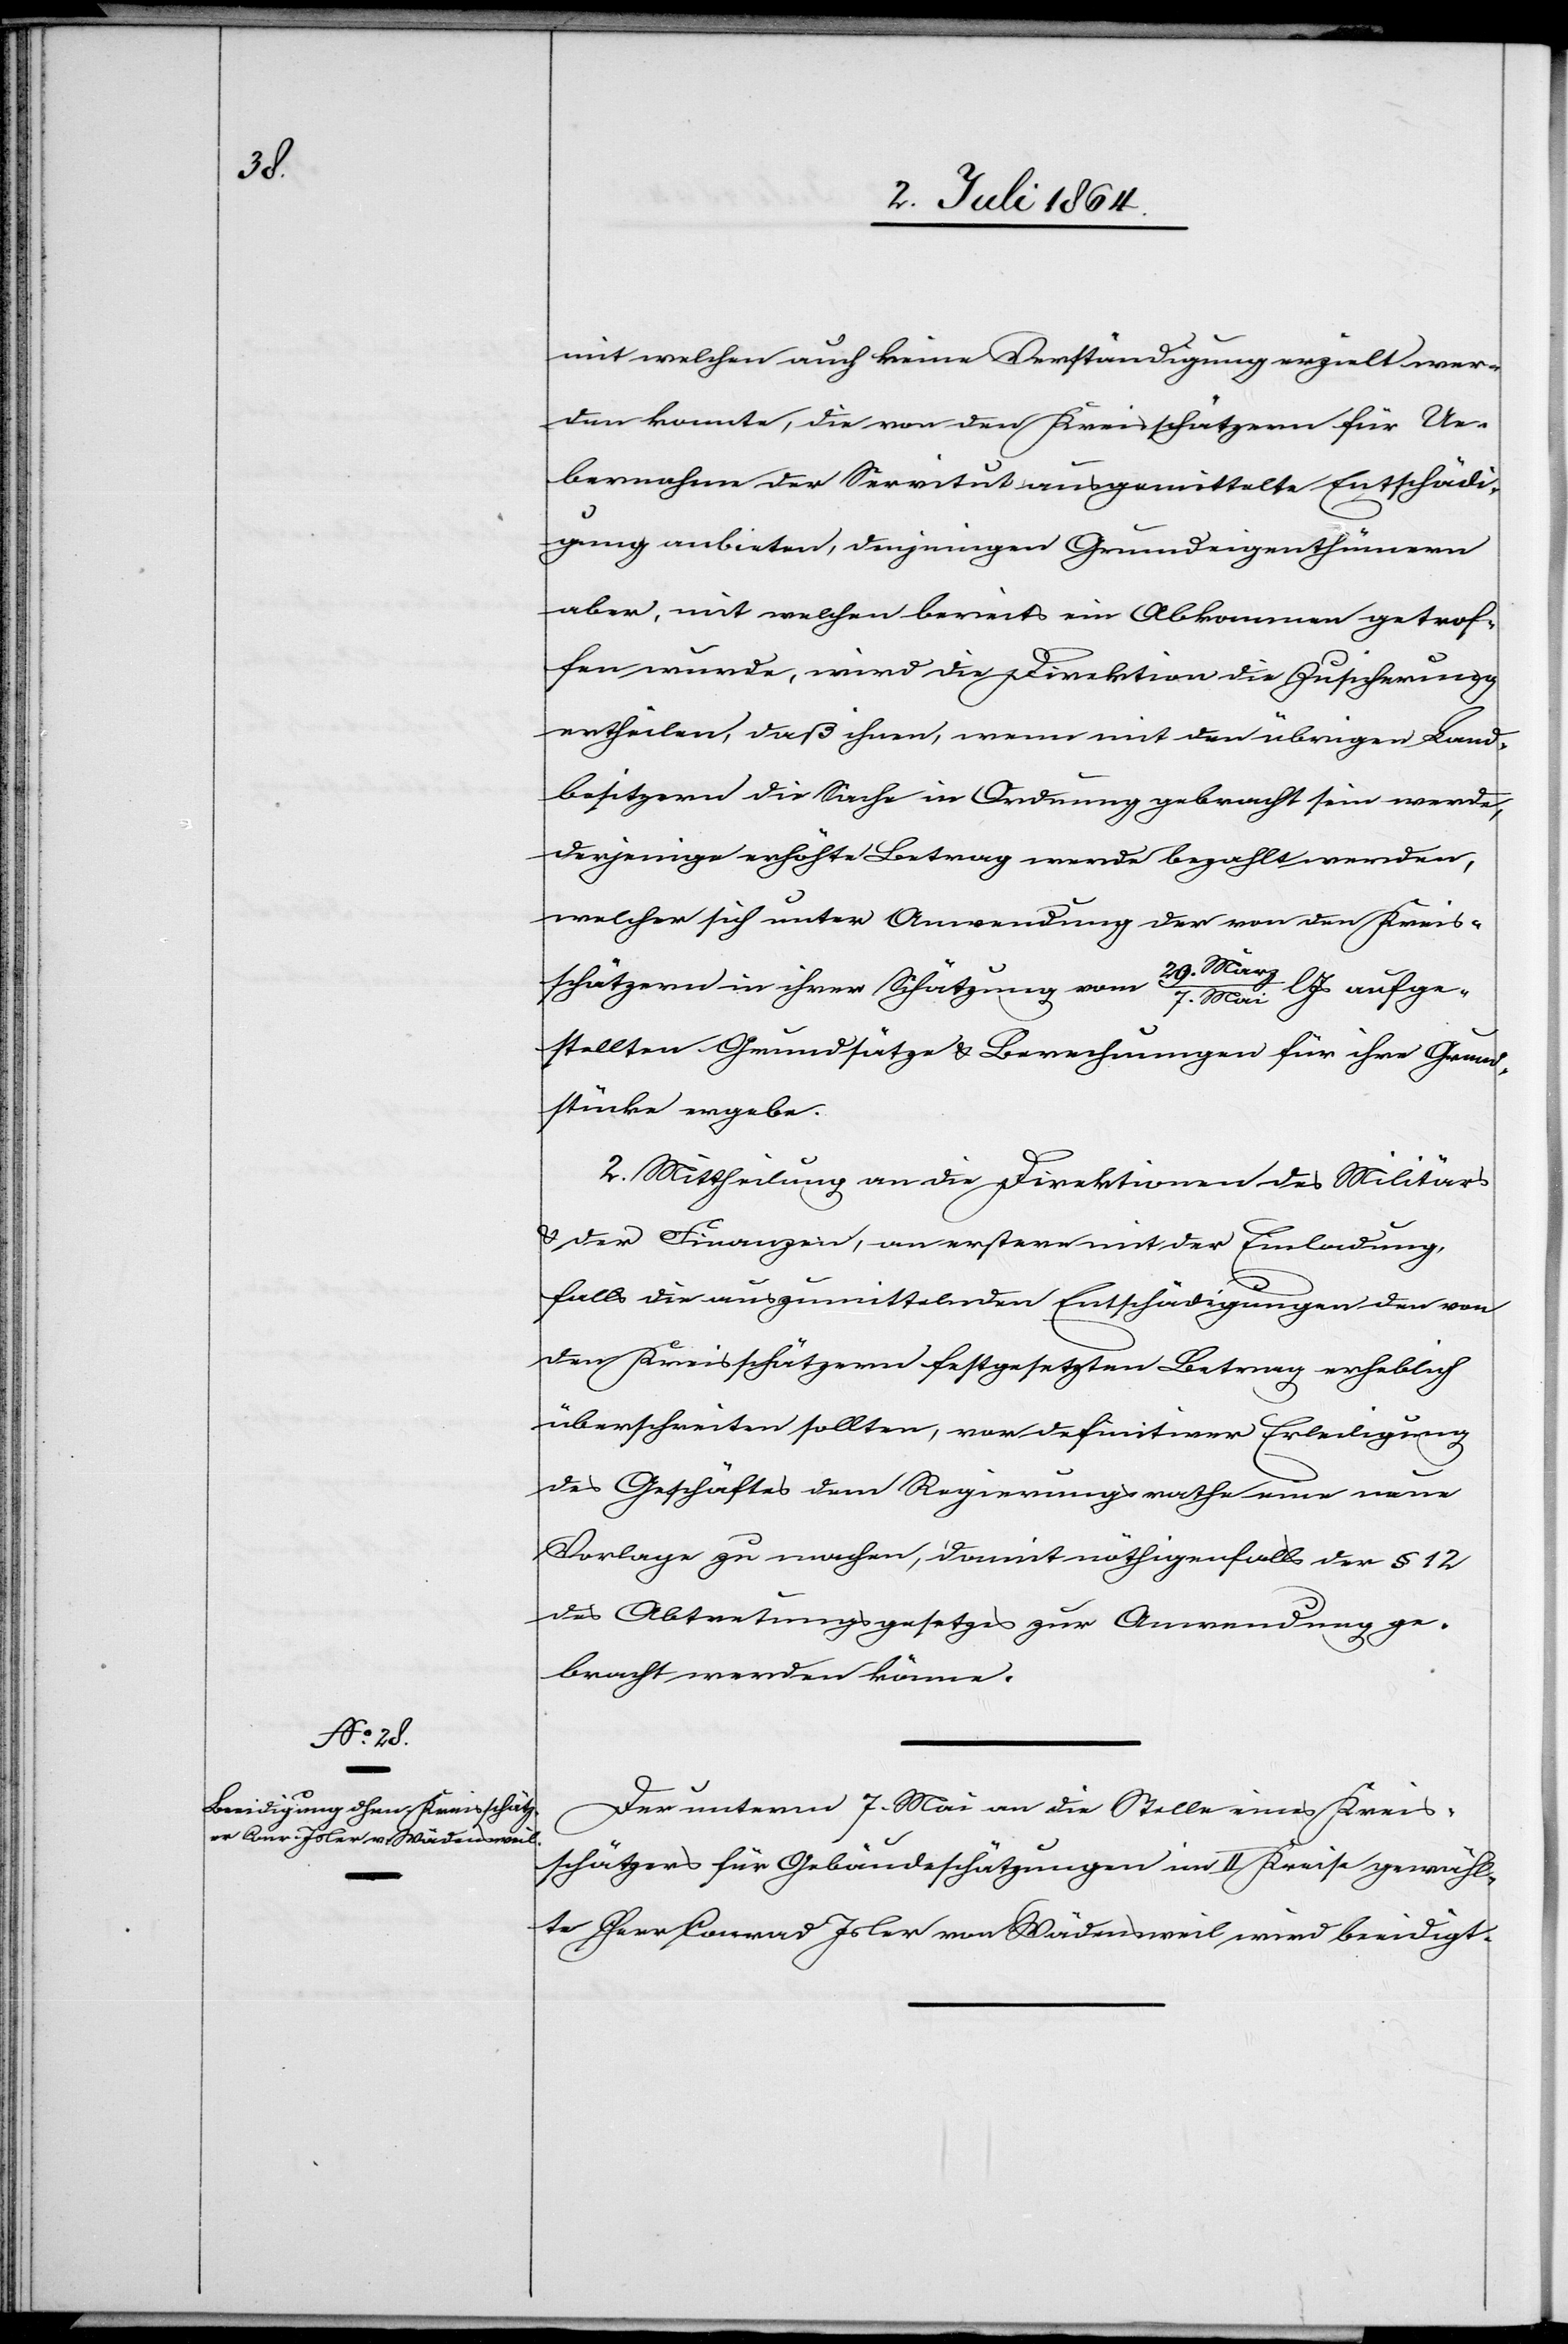
mit welchen auch keine Verständigung erzielt wer¬
den konnte, die von den Kreisschätzern für Ue¬
bernahme der Servitut ausgemittelte Entschädi¬
gung anbieten, denjenigen Grundeigenthümern
aber, mit welchen bereits ein Abkommen getrof¬
fen wurde, wird die Direktion die Zusicherung
ertheilen, daß ihnen, wenn mit den übrigen Land¬
besitzern die Sache in Ordnung gebracht sein werde,
derjenige erhöhte Betrag werde bezahlt werden,
welcher sich unter Anwendung der von den Kreis¬
schätzern in ihrer Schätzung vom
Mai l. Js. aufge¬
stellten Grundsätze u. Berechnungen für ihre Grund¬
stücke ergebe.
2. Mittheilung an die Direktionen des Militärs
u. der Finanzen, an erstere mit der Einladung,
falls die auszumittelnden Entschädigungen den von
den Kreisschätzern festgesetzten Betrag erheblich
überschreiten sollten, vor definitiver Erledigung
des Geschäftes dem Regierungsrathe eine neue
Vorlage zu machen, damit nöthigenfalls der § 12
des Abtretungsgesetzes zur Anwendung ge¬
bracht werden könne.
Der unterm 7. Mai an die Stelle eines Kreis¬
schätzers für Gebäudeschätzungen im II Kreise gewähl¬
te Herr Conrad Isler von Wädensweil wird beeidigt.